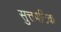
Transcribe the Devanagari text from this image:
सुत्तपटिक